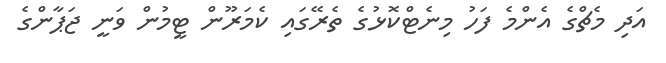
އަދި މެޗްގެ އެންމެ ފަހު މިނެޓްކޮޅުގެ ތެރޭގައި ކެމަރޫން ޓީމުން ވަނީ ޖަޕާންގެ